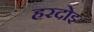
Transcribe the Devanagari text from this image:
हरदोइ